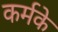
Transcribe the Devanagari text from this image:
कर्मके